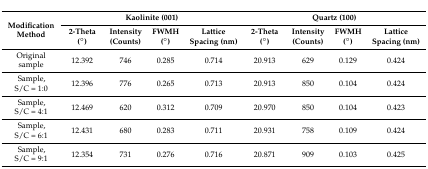
<table><thead><tr><td rowspan="2"><b>Modification Method</b></td><td colspan="4"><b>Kaolinite (001)</b></td><td colspan="4"><b>Quartz (100)</b></td></tr><tr><td><b>2-Theta (°)</b></td><td><b>Intensity (Counts)</b></td><td><b>FWMH (°)</b></td><td><b>Lattice Spacing (nm)</b></td><td><b>2-Theta (°)</b></td><td><b>Intensity (Counts)</b></td><td><b>FWMH (°)</b></td><td><b>Lattice Spacing (nm)</b></td></tr></thead><tbody><tr><td>Original sample</td><td>12.392</td><td>746</td><td>0.285</td><td>0.714</td><td>20.913</td><td>629</td><td>0.129</td><td>0.424</td></tr><tr><td>Sample, S/C = 1:0</td><td>12.396</td><td>776</td><td>0.265</td><td>0.713</td><td>20.913</td><td>850</td><td>0.104</td><td>0.424</td></tr><tr><td>Sample, S/C = 4:1</td><td>12.469</td><td>620</td><td>0.312</td><td>0.709</td><td>20.970</td><td>850</td><td>0.104</td><td>0.423</td></tr><tr><td>Sample, S/C = 6:1</td><td>12.431</td><td>680</td><td>0.283</td><td>0.711</td><td>20.931</td><td>758</td><td>0.109</td><td>0.424</td></tr><tr><td>Sample, S/C = 9:1</td><td>12.354</td><td>731</td><td>0.276</td><td>0.716</td><td>20.871</td><td>909</td><td>0.103</td><td>0.425</td></tr></tbody></table>